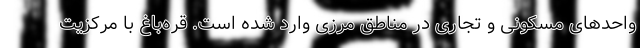
واحدهای مسکونی و تجاری در مناطق مرزی وارد شده است. قره‌باغ با مرکزیت